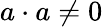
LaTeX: a\cdot a\neq 0